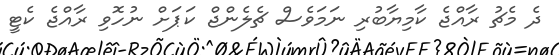
ދެ މެޗު ރާއްޖެ ކާމިޔާބުރި ނަމަވެސް ޗެލެންޖް ކަޕަށް ނުހޮވި ރާއްޖެ ކެޓީ